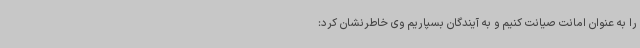
را به عنوان امانت صیانت کنیم و به آیندگان بسپاریم وی خاطرنشان کرد: